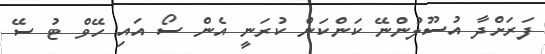
ފަރަށްދާ އުސޫލުންނޭ ކަންކަން ކުރަނީ އެން ސޯ އައި ހޭވް ޓު ސޭ